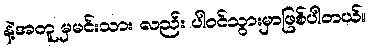
နဲ့အတူ မှမင်းသား လည်း ပါ၀င်သွားမှာဖြစ်ပါတယ်။